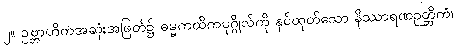
၂။ ဥဗ္ဘာဟိကအဆုံးအဖြတ်၌ ဓမ္မကထိကပုဂ္ဂိုလ်ကို နှင်ထုတ်သော နိဿာရဏဉတ္တိကံ၊